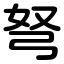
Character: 弩